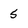
Character: 5